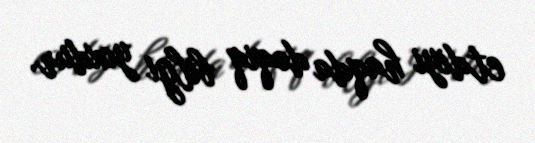
etdiyi haqda dəqiq bilgi yoxdur.